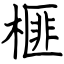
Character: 榧